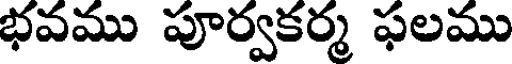
భవము పూర్వకర్మ ఫలము